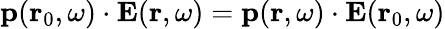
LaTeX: {\mathbf p}({\mathbf r}_{0},\omega)\cdot{\mathbf E}({\mathbf r},\omega)={\mathbf p}({\mathbf r},\omega)\cdot{\mathbf E}({\mathbf r}_{0},\omega)